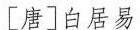
[唐]白居易